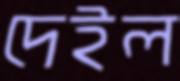
দেইল